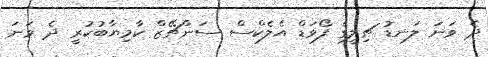
ދެ ވަނަ ލަނޑު ޗިލީގެ ފޯވަޑް އެލެކްސް ސަންޗޭޒް ކާމިޔާބުކުރީ ދެ ވަނަ